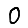
Digit: 0